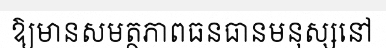
ឱ្យមានសមត្ថភាពធនធានមនុស្សនៅ